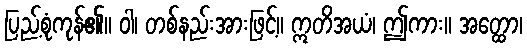
ပြည့်စုံကုန်၏။ ဝါ၊ တစ်နည်းအားဖြင့်။ ဣတိအယံ၊ ဤကား။ အတ္ထော၊